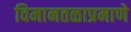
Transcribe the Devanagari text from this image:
विमानतळाप्रमाणे